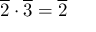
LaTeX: { \overline { { 2 } } } \cdot { \overline { { 3 } } } = { \overline { { 2 } } }